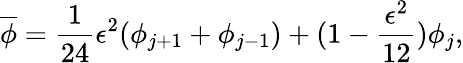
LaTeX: \overline{{\phi}}=\frac{1}{24}\epsilon^{2}(\phi_{j+1}+\phi_{j-1})+(1-\frac{\epsilon^{2}}{12})\phi_{j},